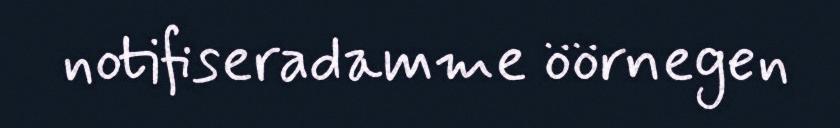
notifiseradamme öörnegen